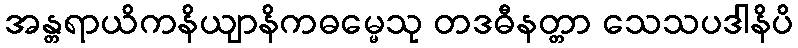
အန္တရာယိကနိယျာနိကဓမ္မေသု တဒဓီနတ္တာ သေသပဒါနိပိ